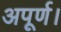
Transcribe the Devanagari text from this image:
अपूर्ण।